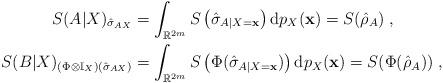
LaTeX: \begin{align*}S(A|X)_{\hat{\sigma}_{AX}} &= \int_{\mathbb{R}^{2m}}S\left(\hat{\sigma}_{A|X=\mathbf{x}}\right)\mathrm{d}p_X(\mathbf{x}) = S(\hat{\rho}_A)\;,\\S(B|X)_{(\Phi\otimes\mathbb{I}_X)(\hat{\sigma}_{AX})} &= \int_{\mathbb{R}^{2m}}S\left(\Phi(\hat{\sigma}_{A|X=\mathbf{x}})\right)\mathrm{d}p_X(\mathbf{x}) = S(\Phi(\hat{\rho}_A))\;,\end{align*}